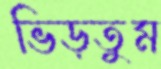
ভিড়তুম